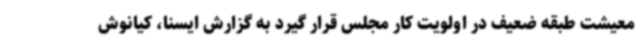
معیشت طبقه ضعیف در اولویت کار مجلس قرار گیرد به گزارش ایسنا، کیانوش